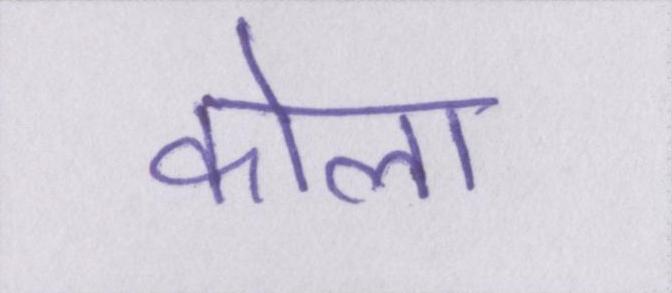
कोला